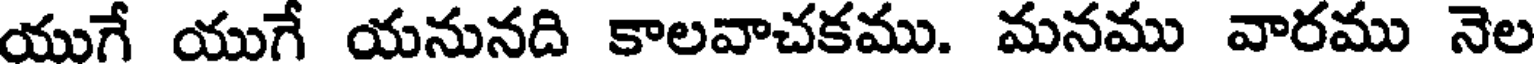
యుగే యుగే యనునది కాలవాచకము. మనము వారము నెల